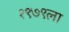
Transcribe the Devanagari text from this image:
१९७९ला